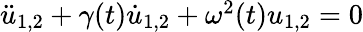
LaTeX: \begin{array}{r}{\ddot{u}_{1,2}+\gamma(t)\dot{u}_{1,2}+\omega^{2}(t)u_{1,2}=0}\end{array}